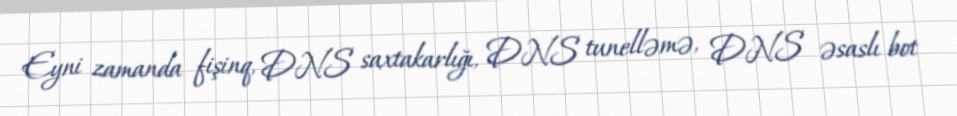
Eyni zamanda fişinq, DNS saxtakarlığı, DNS tunelləmə, DNS əsaslı bot